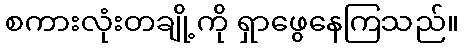
စကားလုံးတချို့ကို ရှာဖွေနေကြသည်။